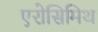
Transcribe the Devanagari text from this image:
एरोसिमिथ